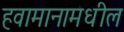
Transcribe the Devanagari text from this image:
हवामानामधील